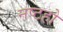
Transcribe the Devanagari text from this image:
नष्टहो